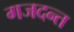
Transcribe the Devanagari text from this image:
गजदन्त